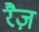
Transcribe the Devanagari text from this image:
रैज़